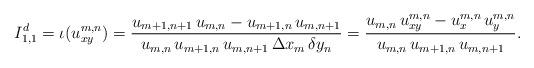
LaTeX: \begin{align*}I_{1,1}^d=\iota(u_{xy}^{m,n})=\frac{u_{m+1,n+1}\, u_{m,n}-u_{m+1,n}\, u_{m,n+1}}{u_{m,n}\, u_{m+1,n}\, u_{m,n+1}\,\Delta x_m\,\delta y_n} = \frac{u_{m,n}\, u_{xy}^{m,n} - u_x^{m,n}\, u_y^{m,n}}{u_{m,n}\, u_{m+1,n}\, u_{m,n+1}}.\end{align*}